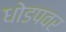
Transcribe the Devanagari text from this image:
धोडपवर